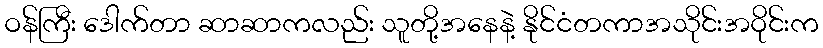
ဝန်ကြီး ဒေါက်တာ ဆာဆာကလည်း သူတို့အနေနဲ့ နိုင်ငံတကာအသိုင်းအဝိုင်းက